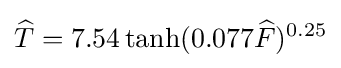
{\widehat {T}}=7.54\tanh(0.077{\widehat {F}})^{0.25}